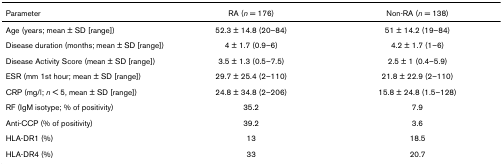
<table><thead><tr><td><b>Parameter</b></td><td><b>RA (<i>n </i>= 176)</b></td><td><b>Non-RA (<i>n </i>= 138)</b></td></tr></thead><tbody><tr><td>Age (years; mean ± SD [range])</td><td>52.3 ± 14.8 (20–84)</td><td>51 ± 14.2 (19–84)</td></tr><tr><td>Disease duration (months; mean ± SD [range])</td><td>4 ± 1.7 (0.9–6)</td><td>4.2 ± 1.7 (1–6)</td></tr><tr><td>Disease Activity Score (mean ± SD [range])</td><td>3.5 ± 1.3 (0.5–7.5)</td><td>2.5 ± 1 (0.4–5.9)</td></tr><tr><td>ESR (mm 1st hour; mean ± SD [range])</td><td>29.7 ± 25.4 (2–110)</td><td>21.8 ± 22.9 (2–110)</td></tr><tr><td>CRP (mg/l; <i>n </i>&lt; 5, mean ± SD [range])</td><td>24.8 ± 34.8 (2–206)</td><td>15.8 ± 24.8 (1.5–128)</td></tr><tr><td>RF (IgM isotype; % of positivity)</td><td>35.2</td><td>7.9</td></tr><tr><td>Anti-CCP (% of positivity)</td><td>39.2</td><td>3.6</td></tr><tr><td>HLA-DR1 (%)</td><td>13</td><td>18.5</td></tr><tr><td>HLA-DR4 (%)</td><td>33</td><td>20.7</td></tr></tbody></table>